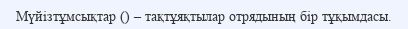
Мүйізтұмсықтар () – тақтұяқтылар отрядының бір тұқымдасы.